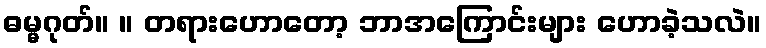
ဓမ္မဂုတ်။ ။ တရားဟောတော့ ဘာအကြောင်းများ ဟောခဲ့သလဲ။